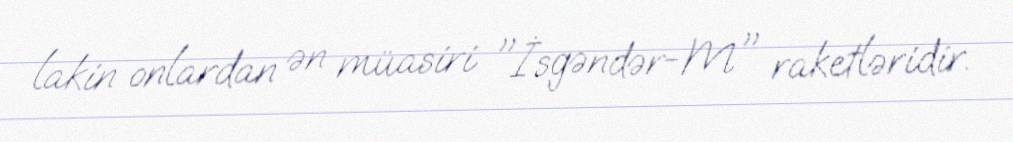
lakin onlardan ən müasiri "İsgəndər-M" raketləridir.